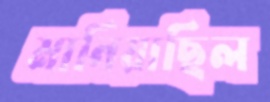
মানিয়াছিল